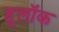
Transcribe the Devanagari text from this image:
हूलॉक